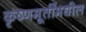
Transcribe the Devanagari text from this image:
कृष्णमूर्तींमधील